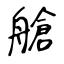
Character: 艙